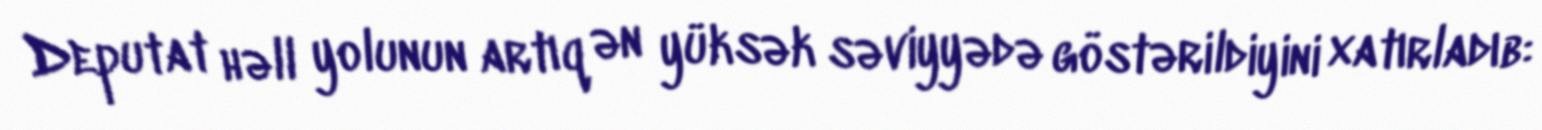
Deputat həll yolunun artıq ən yüksək səviyyədə göstərildiyini xatırladıb: